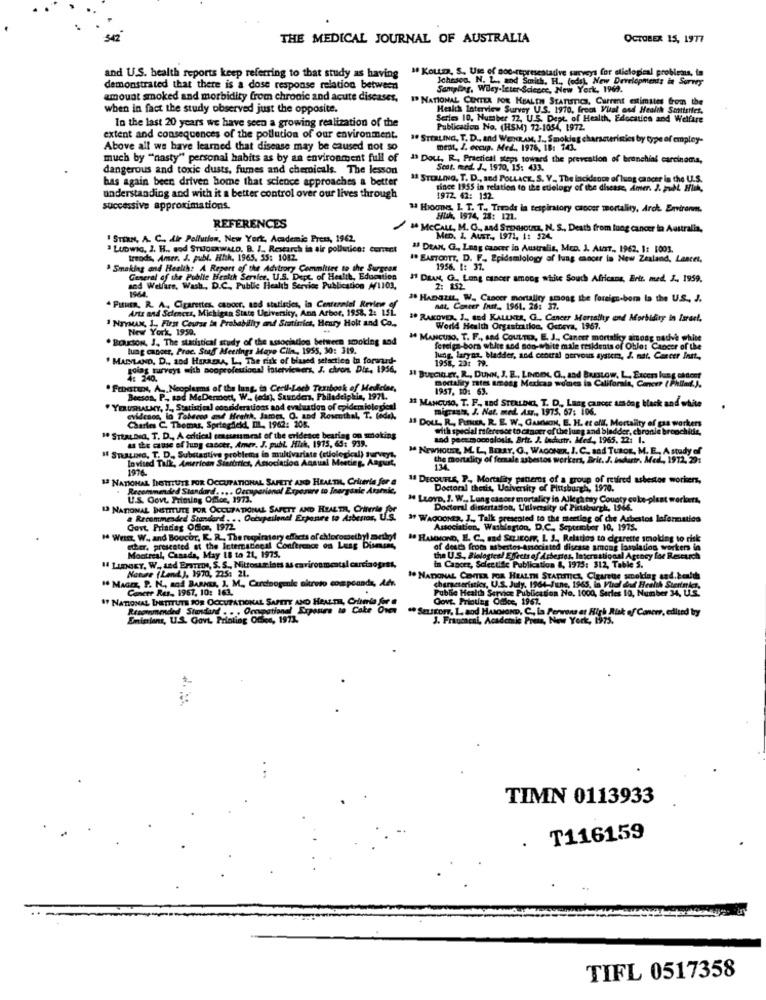
THE MEDICAL JOURNAL OF AUSTRALIA
OCTOBER 15, 1977
# KOLLD, S. Use of aoo-representative surveys for sticlogical problems, ta
and U.S. health reports keep referring to that study as having
Ichesen. N. L. aod Smith, H ., (ods), New Developments in Survey
demonstrated that there is a dose response relation between
Sampling, Wiley-Itter Sciecce, New York, 1969.
amount smoked and morbidity from chronic and acute diseases,
I NATIONAL CENTER FOR HEALTH STATISTICS, Current estimatet from the
when in fact the study observed just the opposite.
Health Interview Survey U.S. 1970, freet Vual and Health Smittetfes,
In the last 20 years we have seen a growing realization of the
Series 10, Number 72, U.S. Dept. of Health, Education and Welfare
Publication No. (HSM) 72-1034, 1972.
extent and consequences of the pollution of our environment.
" STERLING, T. D ., and WENRAM, J ., Smoking characteristics by type of employ-
Above all we have learned that disease may be caused not so
mest, J. coop. Med. 1976, 18: 141.
much by "nasty" personal habits as by an environment full of
13 Dout, R ., Practical steps toward the prevention of bronchial carcinoma,
dangerous and toxic dusts, fumes and chemicals. The lesson
Scot. med. J ., 1970, 15: 433.
bas again been driven home that science approaches a better
1ª STOLLING, T. D ., and POLLACK, S. V. The incidence of lung cancer in the U.S.
since 1955 in relation to the etiology of the disease, Amer. 2. pubL Hick,
understanding and with it a better control over our lives through
1972. 42: 132.
successive approximations.
" Hoone, I. T. T ., Trods la tespiratory cancer mortality, Arck. Environm.
HUR, 1974, 28: 121.
REFERENCES
1 MCCALL, M. C ., And STENsousa, N. S ., Death from lung cancer in Australia,
1 STERN, A. C ., Air Pollution, New York, Academic Press, 1962.
MED. I. Ausr ., 1971, 1: 324.
. Ludwig, J. H ., sod STIJGERWALD. B. I. Rewarch in air pollutice: correct
" DEAN, G ., Lung cancer in Australis, Men. 1. AusT ., 1962, 1: 1003.
trods, Amer. J. publ. Hith. 1965. 35: 1082.
1. EASTOOTT, D. F. Epidemiology af lung cancer in New Zealand, Lescet,
Smoking and Health: A Report of
he A Report of the Advisory Committee to the Surgean
1956. 1: 37.
General of the Public Health Serier, U.S. Dept of Health, Education
11 DEAN, G ., Lung cancer among white South Africans, Erit. med. J ., 1959,
1964.
sed Welfare, Wash ., D.C ., Public Health Service Publication 4/1103,
2: 252
. FISHER, R. A. Cigarettes, caboer, and statistics, in Centennial Review of
10 HABELIL, W. CLacer mortality among the foreign-born in the U.S ., J.
Arts and Sciences, Michigan State University, Ann Arbor, 1958, 2: 1SL.
nat. Conter frust_ 1961. 26: 37.
INTYMAN, 1 ., First Course in Probability and Statistics, Heury Holt and Co .,
LUCIA, G ., Cancer Mertathy and Morbidiry in Israel,
New York, 1959.
World Health Orgastrillon, Geneva, 1967.
. BOLSON, J. The statistical study of the association between smoking and
3º MANCUSO, T. F ., and CouLTE, E. J ., Canerr mortalky amosy nadve white
lung cancer, Proc. Stad Meetings Mayo Clin ,, 1955, 30: 319.
foreign-born white and non-white male residents of Oble: Cancer of the
" MARYLAND, D ., and HERRERA, Li, The risk of biased setactics In foranrd-
lung. laryan, bladder, and central nervous system, J. nat. Cancer Inst,
1958, 23: 79.
ot turveys with sooprofessional interviewers, J. chron. Dir. 1956,
4: 340.
" BUECIG ET, R ., DUNN, J. E ., LINDEL G ., and Buntow, L. Excen lung chtest
mortality rates among Mexkan womes in California, Cancer ( Philad.J.
.Fratas, A ., Neoplasms of the lung, to Cecil-Loch Textbook of Medeler,
1957, 10: 63.
Beeson, P. sad McDermott
Becson, P. sad MeDermott, W. (eds), Saunder, Philadelphia, 1971.
I MANCUSO, T. F ., and STERLING, T. D ., Lang cancer among black and white
" YERUSHALMY, J ., Statistical considerations and evaluation of epidemiological
migrants, J. Nat. med. Atr ., 1975, 67: 106.
evidence, la Taberna and Hrahk, James, O. and Rosenthal, T. fedel,
1 DOLL, R ., FISKER. R. E. W. GAMMON, E. H. et offf, Mortality of gas workers
Charles C. Thomas, Sprtegdek, IL, 1962: 208.
with special reference to cancer of the lung and bladder, chronic bronchitis,
" STEALDea, T. D ., A critical erasseusmeat of the evidence bearing on smoking
as the cause of lung cancer, Amer. J. publ. Hick, 1975, 69: 939.
and peer mocoglosis, Brtr. J. ladurtr. Med ., 1965, 22: 1.
1 NewHouse, M. L ., BERRY, G ., WAGONER, J. C. sad TUROE, M. E ., A study of
# SnaLING, T. D ., Substantive problems in multivariate (etiological) Surveys,
Invited Talk, American Siartrics, Associados Annual Meeting, August,
the mortality of female asbestos workers, Brit. J. Industr. Med, 1912, 29:
1976.
13 NATIONAL INSTITUTE FOR OCCUPATIONAL SAFETY AND HEALTHIL, Criteria for a
1ª DECOUFLE, P ., Mortality paners of a group of retired asbestos workers,
Recommended Standard. ... Occuparional Exposure to Inorganic Aramaic,
Doctoral thesis, University of Pittsburgh, 1970.
. 1970.
U.S. Govt. Frining Office, 1973.
# LLOYD, J. W ., Lung cancer mortalky in Allegatay County cole-plast workers,
13 NATIONAL INSTITUTE FOR OCCUPATIONAL SAFETY AND HEALTH, CHnerle for
Doctoral dissertation, University of Pittsburgh, 1966.
a Recomme
a Recommended Standard . .. Occupailend! Exposure to Asberras, U.S.
" WAGOONER, J ., Talk presented to the meeting of che Asbestos laformatica
Govt. Frindiag Ofor, 1972
Association, Washington, D.C ., September 10, 1975.
" Wenn, W .. and Boucor, K. R ., The respiratory effects of chloromethyl method
BO HAMMOND, E. C ., and SERIEOFF, I. J ., Relatios to cigarette smoking to risk
cher. prescated at the International Conference on Lung Dismene,
of deses from asbestos-associated disease among lasulation workers in
Montreal, Canada, May
. May IS to 21, 1975.
the U.S ., Biological Effects of Asbestos, International Agency for Rescuch
" Lunger, W ., sed Brazos, S. S ., Nittoute lots as carironmental carcinogret,
Nature (Land. ), 1970, 225: 21.
in Cancer, Selectie Publication &, 1975: 312, Table S.
1 MAGEK, P. N ., and BARNES, J. M ., Cardioogenle akreto compounds, der.
1 NATIONAL CENTER FOR HEALTH STATISTICS Cigarette sm
Cancer Res, 1967, 10: 163.
characteristics, U.S. July, 1964-June, 1963, in Pual dud Health Stertarken,
Public Health Service Publicason No, 1000, Surles 10, Number 34, ULS.
Govt. Printing Odsce, 1967.
If NATIONAL INSTITUTE FOR OCCUPATIONAL SAFETY AND HEALTHL, Conla za
Enimtiens, U.S. Govt, Printing Quite, 199pare to Cake Over
.Sexstorr. L. and HAMMOND, C ., ia Perwants et High Risk of Cancer, edited by
J. Fraumeni, Academic Press, New York, 1975.
TIMN 0113933
T116159
.
...
TIFL 0517358